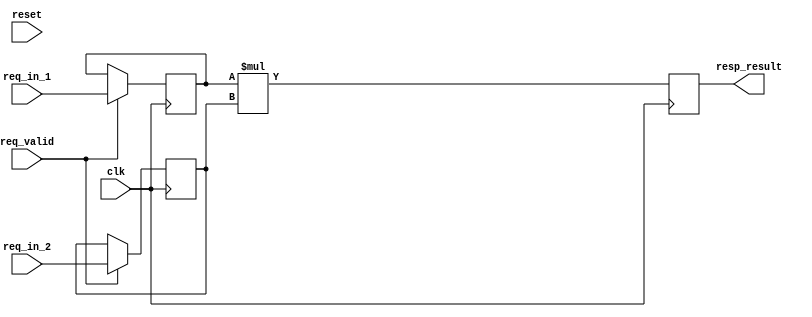
module mul
  (
   input             clk,
   input             reset,
   input             req_valid,
   input [31:0]      req_in_1,
   input [31:0]      req_in_2,
   output reg [63:0] resp_result
   );

   reg [31:0]    x;
   reg [31:0]    y;


   always @(posedge clk) begin
      if(req_valid) begin
         x <= req_in_1;
         y <= req_in_2;
      end
   end

   always @(posedge clk) begin
      resp_result <= x * y;
   end

endmodule